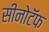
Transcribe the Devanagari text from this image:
सीनोटॅफ